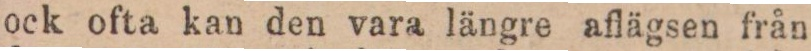
ock ofta kan den vara längre aflägsen från